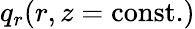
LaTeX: q_{r}(r,z=\textrm{const.})